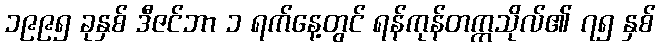
၁၉၉၅ ခုနှစ် ဒီဇင်ဘာ ၁ ရက်နေ့တွင် ရန်ကုန်တက္ကသိုလ်၏ ၇၅ နှစ်